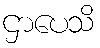
ဌာပေသိ